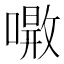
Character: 𠾝